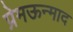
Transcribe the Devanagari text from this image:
प्रेमऊन्माद